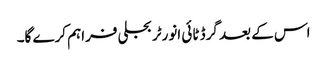
اس کے بعد گرڈ ٹائی انورٹر بجلی فراہم کرے گا۔